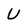
Character: U